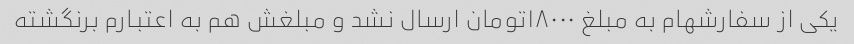
یکی از سفارشهام به مبلغ ۱۸۰۰۰تومان ارسال نشد و مبلغش هم به اعتبارم برنگشته